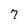
Character: 7